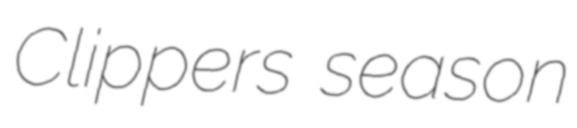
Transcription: Clippers season